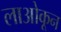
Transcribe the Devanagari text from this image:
लाओकून